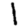
Digit: 1